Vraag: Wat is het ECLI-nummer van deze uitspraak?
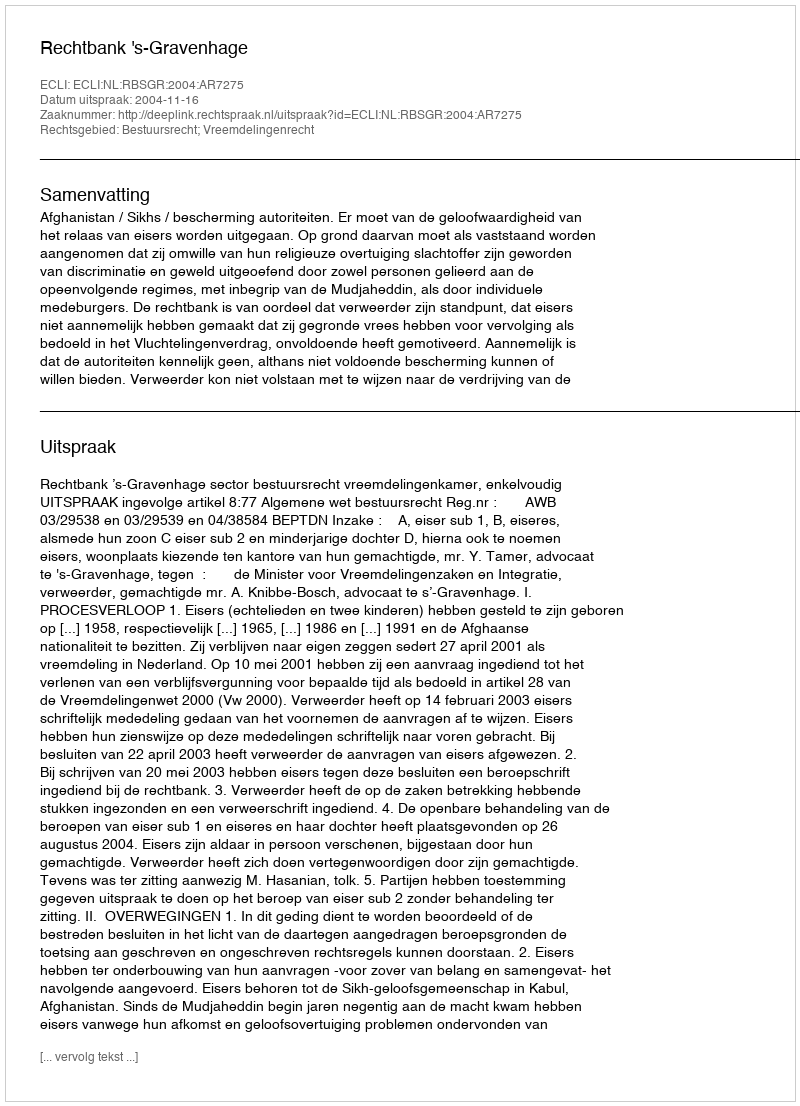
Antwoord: ECLI:NL:RBSGR:2004:AR7275